Annual administration report of the Civil Veterinary Department of India - 1902-1903
Year: 1902
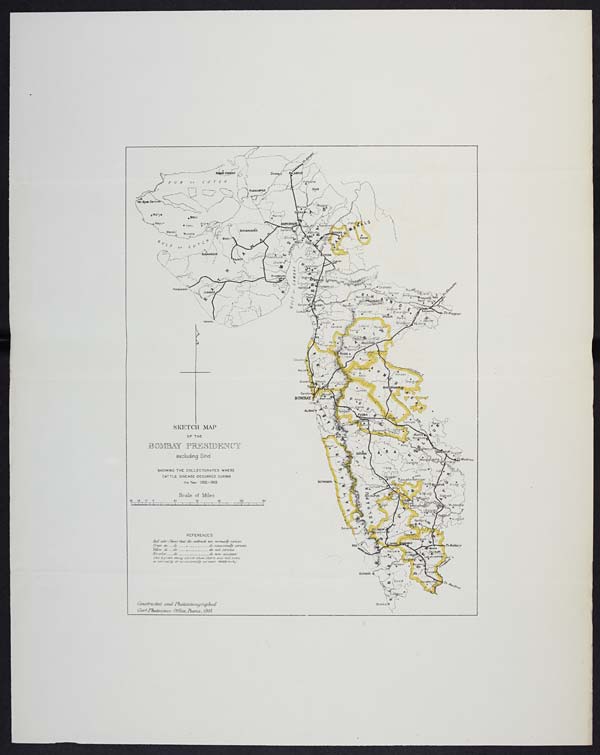
SKETCH MAP
OF THE
BOMBAY PRESIDENCY
excluding Sind
SHOWING THE COLLECTORATES WHERE
CATTLE DISEASE OCCURRED DURING
the Year 1902-1903